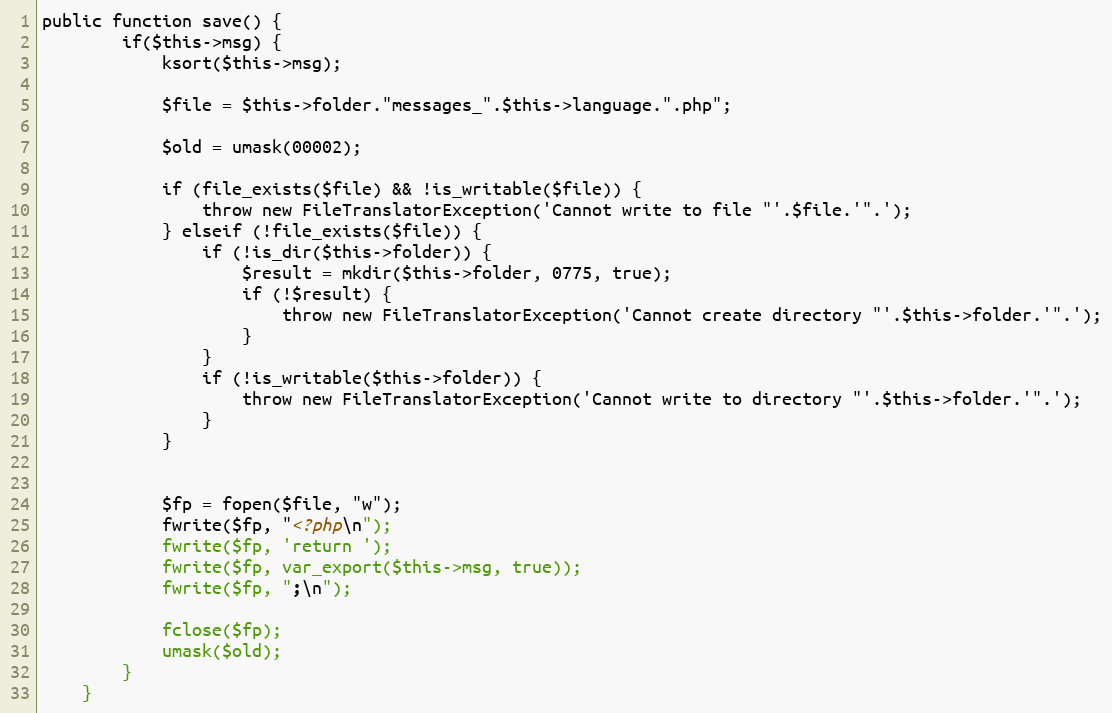
Language: PHP
public function save() {
		if($this->msg) {
			ksort($this->msg);

			$file = $this->folder."messages_".$this->language.".php";

			$old = umask(00002);

			if (file_exists($file) && !is_writable($file)) {
				throw new FileTranslatorException('Cannot write to file "'.$file.'".');
			} elseif (!file_exists($file)) {
				if (!is_dir($this->folder)) {
					$result = mkdir($this->folder, 0775, true);
					if (!$result) {
						throw new FileTranslatorException('Cannot create directory "'.$this->folder.'".');
					}
				}
				if (!is_writable($this->folder)) {
					throw new FileTranslatorException('Cannot write to directory "'.$this->folder.'".');
				}
			}

			$fp = fopen($file, "w");
			fwrite($fp, "<?php\n");
			fwrite($fp, 'return ');
			fwrite($fp, var_export($this->msg, true));
			fwrite($fp, ";\n");

			fclose($fp);
			umask($old);
		}
	}